Papaver somniferum - Opium : an extract from the sixth volume of the Dictionary of Economic Products of India
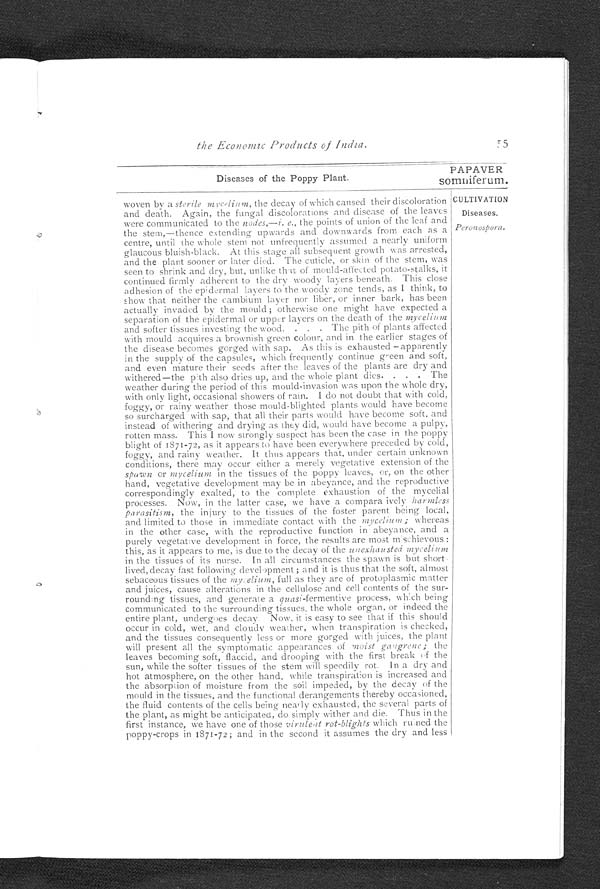
the Economic Products of India.
Diseases of the Poppy Plant.
5
PAPAVER
somniferum.
CULTIVATION
Diseases.
Peronospora.
woven by a sterile mycelium, the decay of which caused their discoloration
and death. Again, the fungal discolorations and disease of the leaves
were communicated to the nodes,—i. e., the points of union of the leaf and
t h e
t h e s t e m , — t h e n c e e x t e n d i n g u p w a r d s a n d d o w n w a r d s f r o m e a c h a s a
centre, until the whole stem not unfrequently assumed a nearly uniform
glaucous bluish-black. At this stage all subsequent growth was arrested,
and the plant sooner or later died. The cuticle, or skin of the stem, was
seen to shrink and dry, but, unlike that of mould-affected potato-stalks, it
continued firmly adherent to the dry woody layers beneath. This close
adhesion of the epidermal layers to the woody zone tends, as I think, to
show that neither the cambium layer nor liber, or inner bark, has been
actually invaded by the mould; otherwise one might have expected a
separation of the epidermal or upper layers on the death of the mycelium
and softer tissues investing the wood. . . . The pith of plants affected
with mould acquires a brownish green colour, and in the earlier stages of
the disease becomes gorged with sap. As this is exhausted –apparently
in the supply of the capsules, which frequently continue green and soft,
and even mature their seeds after the leaves of the plants are dry and
withered—the pith also dries up, and the whole plant dies. . . . The
weather during the period of this mould-invasion was upon the whole dry,
with only light, occasional showers of rain. I do not doubt that with cold,
foggy, or rainy weather those mould-blighted plants would have become
so surcharged with sap, that all their parts would have become soft, and
instead of withering and drying as they did, would have become a pulpy,
rotten mass. This I now strongly suspect has been the case in the poppy
blight of 1871-72, as it appears to have been everywhere preceded by cold,
foggy, and rainy weather. It thus appears that, under certain unknown
conditions, there may occur either a merely vegetative extension of the
spawn or mycelium
in the tissues of the poppy leaves, or, on the other
hand, vegetative development may be in abeyance, and the reproductive
correspondingly exalted, to the complete exhaustion of the mycelial
processes. Now, in the latter case, we have a compara ively
h a r m l e s s
p a r a s i t i s m ,
the injury to the tissues of the foster parent being local,
and limited to those in immediate contact with the mycelium ; whereas
in the other case, with the reproductive function in abeyance, and a
purely vegetative development in force, the results are most mischievous :
this, as it appears to me, is due to the decay of the u nexhausted mycelium
in the tissues of its nurse. In all circumstances the spawn is but short
lived, decay fast following development ; and it is thus that the soft, almost
sebaceous tissues of the mycelium, full as they are of protoplasmic matter
and juices, cause alterations in the cellulose and cell contents of the sur-
rounding tissues, and generate a quasi -fermentive process, which being
communicated to the surrounding tissues, the whole organ, or indeed the
entire plant, undergoes decay. Now, it is easy to see that if this should
occur in cold, wet, and cloudy weather, when transpiration is checked,
and the tissues consequently less or more gorged with juices, the plant
will present all the symptomatic appearances of moist
g a n g r e n e ; t h e
leaves becoming soft, flaccid, and drooping with the first break of the
sun, while the softer tissues of the stem will speedily rot. In a dry and
hot atmosphere, on the other hand, while transpiration is increased and
the absorption of moisture from the soil impeded, by the decay of the
mould in the tissues, and the functional derangements thereby occasioned,
the fluid contents of the cells being nearly exhausted, the several parts of
the plant, as might be anticipated, do simply wither and die. Thus in the
first instance, we have one of those virulent rot-blights which ruined the
poppy-crops in 1871-72; and in the second it assumes the dry and less